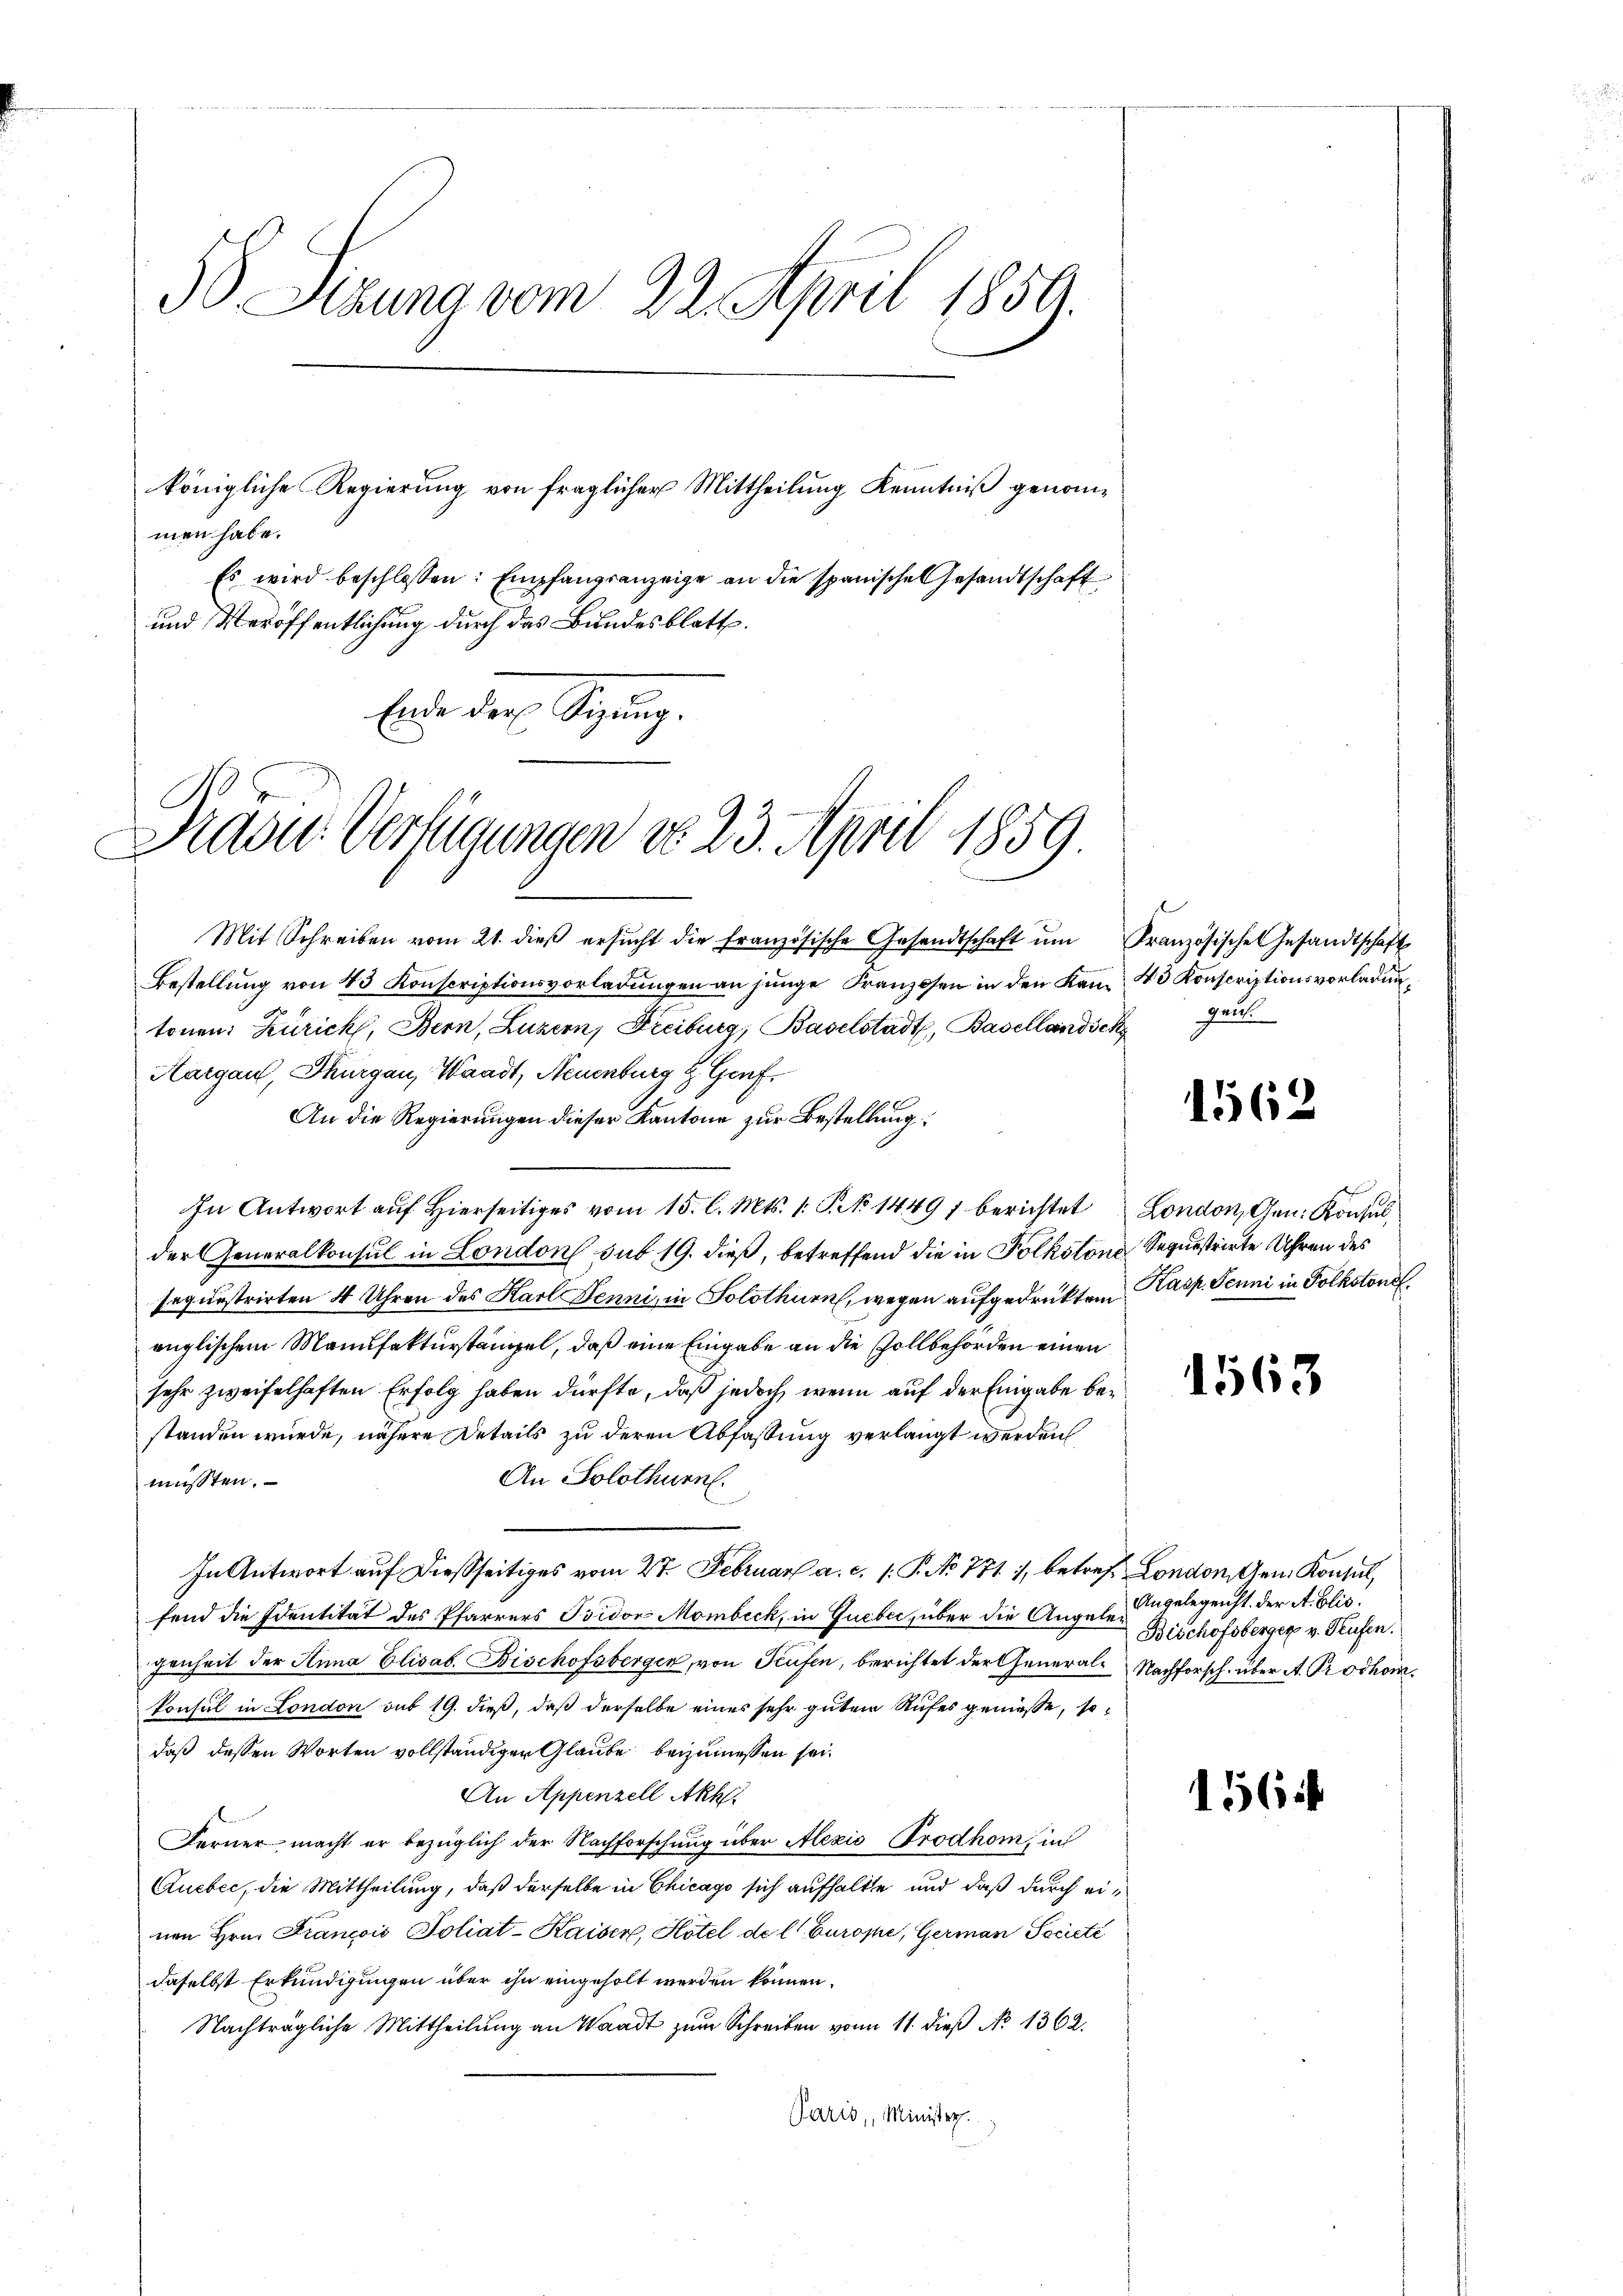
30. Sitzung vom 22. April 1859.

men habe.
Es wird beschlossen: Empfangsanzeige an die spanische Gesandtschaft
und Veröffentlichung durch das Bundesblatt.
Ende der Sigung.

königliche Regierung von fraglicher Mittheilung Kenntniß genom¬

Pradu Verfügungen do 23. April 1859

Mit Schreiben vom 21. dieβ ersŭcht die französische Gesandtschaft ŭm Französische Gesandtschaft
Bestellung von 43 Konscriptionsvorladungen an junge Franzosen in den Kan 4 Konscriptionsvorladuntonen: Zürich, Bern, Luzern, Freiburg, Baselstadt, Basellandsch
Hargau, Thurgau, Waadt, Neuenburg z. Graf
An die Regierungen dieser Kantone zur Bestellung
In Antwort auf Hierseitiges vom 15. l. Mts. 1. P. 14497 berichtet London, Gen. Konsulder Generalkonsul in London sub 19. dieß, betreffend die in Polkston Sequestrirte Uhren des
sequestrirten 4 Uhren des Karl Benni, in Solothurn, wegen aufgedrüktem Kasp. Jenni in Folkstondl,
englischem Manufakturstangel, daß eine Eingabe an die Zollbehörden einen
sehr zweifelhaften Erfolg haben dürfte, daß jedoch, wenn auf der Eingabe bestanden wurde, nähere Details zu deren Abfassung verlangt werden
An Solothurn.
müssten.
In Antwort auf dießseitiges vom 27. Februar a. c. 1. P. No 771, betref London, den Konsul,
fend die Identität des Pfarrers Isidor Mombeck, in Gueber, über die Angabe angelegenht. Der A. Elis.
genheit der Anna Elisab. Bischofsbergen, von Teufen, berichtet der General- Nachforsch über A. Prodhomkonsul in London sub 19. dieß, daß derselbe eines sehr gutem Rufes geniesse, so
daß dessen Worten vollständigen Glaube beizumessen sei.
An Appenzell Akh.
Ferner macht er bezüglich der Nachforschung über Alexio Prodhom, in
Qucbec, die Mittheilung, daß derselbe in Chicago sich aufhalte und daß durch einen Hrn. Francois Poliat-Kaiser, Hotel de l Europe, German Societe
daselbst Erkundigungen über ihn eingeholt werden können.
Nachträgliche Mittheilung an Waadt zum Schreiben von 11. dieß No 1362.
Paris, Minister.

Zeit.

1562

1563

Bischofsberger v. Stufen.

156